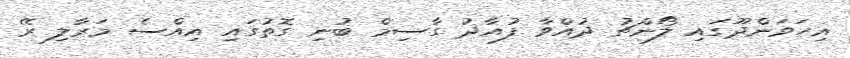
އިހަވަންދޫގައި ލޯންޗު ދުއްވާ ފުއާދު ގާސިމް ބުނި ގޮތުގައި އިއްސެ މަރާލި ރޭ